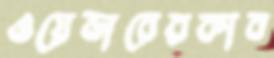
ওয়েভারেরকাব